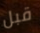
قبل